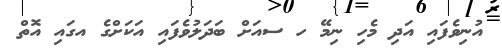
އުނިވެފައި އަދި މެހި ނިމޭ ހ ސއަށް ބަދަލުވެފައި އަކަށްގެ އގައި އޮތް